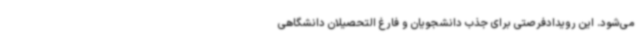
می‌شود. این رویدادفرصتی برای جذب دانشجویان و فارغ التحصیلان دانشگاهی